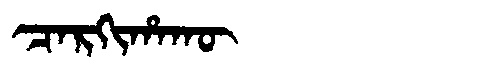
Manchu: ᠴᠠᡵᡴᡳᡥᠠᡴᡡ
Romanization: CARKIHAKŪ